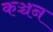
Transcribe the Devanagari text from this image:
कञ्चन